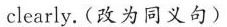
clearly.（改为同义句）